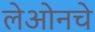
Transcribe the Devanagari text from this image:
लेओनचे